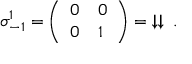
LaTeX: { \boldsymbol { \sigma } } _ { - 1 } ^ { 1 } = { \left( \begin{array} { l l } { 0 } & { 0 } \\ { 0 } & { 1 } \end{array} \right) } = \; \downarrow \downarrow \; .